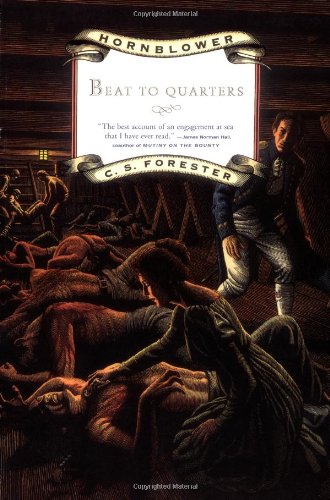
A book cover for Hornblower: Beat to Quarters (Hornblower Saga); C. S. Forester; Literature & Fiction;